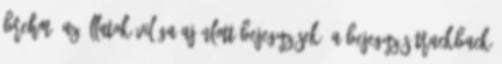
Brehm: Az állatok világa Ajánlott bejegyzések: A bejegyzés trackback